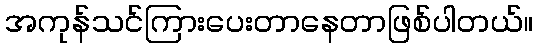
အကုန်သင်ကြားပေးတာနေတာဖြစ်ပါတယ်။